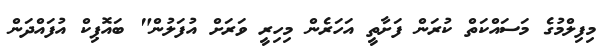
މިފިލްމުގެ މަސައްކަތް ކުރަން ފަށާތީ އަހަރެން މިހިރީ ވަރަށް އުފަލުން" ބައޮޕިކް އުފައްދަން